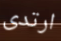
ارتدى